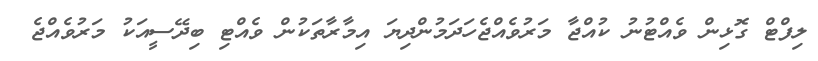
ލިފްޓް ގޮޅިން ވެއްޓުނު ކުއްޖާ މަރުވެއްޖެހަދަމުންދިޔަ އިމާރާތަކުން ވެއްޓި ބިދޭސީއަކު މަރުވެއްޖެ